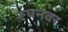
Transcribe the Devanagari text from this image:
रूपनवर